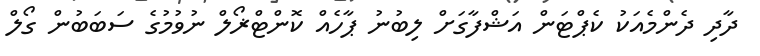
ދާދި ދެންމެއަކު ކެޕްޓަން އަޝްފާގަށް ލިބުނު ޕާހެއް ކޮންޓްޜޯލް ނުވުމުގެ ސަބަބުން ގޯލް